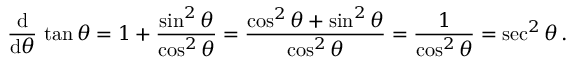
{ \frac { \operatorname { d } } { \operatorname { d } \! \theta } } \, \tan \theta = 1 + { \frac { \sin ^ { 2 } \theta } { \cos ^ { 2 } \theta } } = { \frac { \cos ^ { 2 } \theta + \sin ^ { 2 } \theta } { \cos ^ { 2 } \theta } } = { \frac { 1 } { \cos ^ { 2 } \theta } } = \sec ^ { 2 } \theta \, .